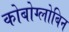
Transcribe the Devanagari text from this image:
कोबोग्लोबिन